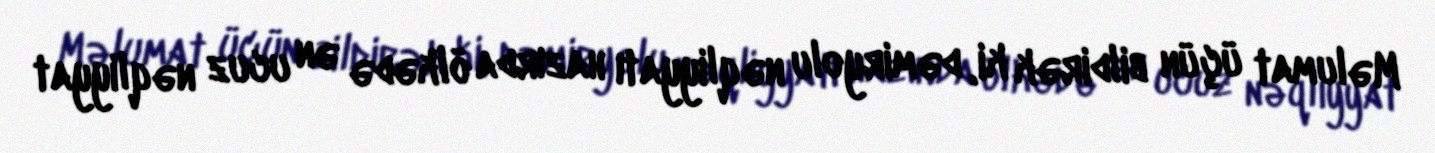
Məlumat üçün bildirək ki, dəmiryolu nəqliyyatı hazırda ölkədə ən ucuz nəqliyyat